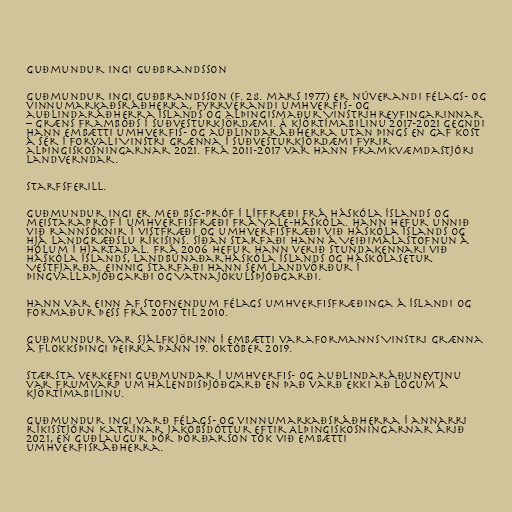
Guðmundur Ingi Guðbrandsson

Guðmundur Ingi Guðbrandsson (f. 28. mars 1977) er núverandi félags- og
vinnumarkaðsráðherra, fyrrverandi umhverfis- og
auðlindaráðherra Íslands og alþingismaður Vinstrihreyfingarinnar
– græns framboðs í Suðvesturkjördæmi. Á kjörtímabilinu 2017-2021 gegndi
hann embætti umhverfis- og auðlindaráðherra utan þings en gaf kost
á sér í forvali Vinstri grænna í Suðvesturkjördæmi fyrir
alþingiskosningarnar 2021. Frá 2011-2017 var hann framkvæmdastjóri
Landverndar.

Starfsferill.

Guðmundur Ingi er með BSc-próf í líffræði frá Háskóla Íslands og
meistarapróf í umhverfisfræði frá Yale-háskóla. Hann hefur unnið
við rannsóknir í vistfræði og umhverfisfræði við Háskóla Íslands og
hjá Landgræðslu ríkisins. Síðan starfaði hann á Veiðimála­stofn­un á
Hólum í Hjartadal. Frá 2006 hefur hann verið stundakennari við
Háskóla Íslands, Landbúnaðarháskóla Íslands og Háskólasetur
Vestfjarða. Einnig starfaði hann sem landvörður í
Þingvallaþjóðgarði og Vatnajökulsþjóðgarði.

Hann var einn af stofnendum Félags umhverfisfræðinga á Íslandi og
formaður þess frá 2007 til 2010.

Guðmundur var sjálfkjörinn í embætti varaformanns Vinstri grænna
á flokksþingi þeirra þann 19. október 2019.

Stærsta verkefni Guðmundar í umhverfis- og auðlindaráðuneytinu
var frumvarp um hálendisþjóðgarð en það varð ekki að lögum á
kjörtímabilinu.

Guðmundur Ingi varð félags- og vinnumarkaðsráðherra í annarri
ríkisstjórn Katrínar Jakobsdóttur eftir Alþingiskosningarnar árið
2021, en Guðlaugur Þór Þórðarson tók við embætti
umhverfisráðherra.